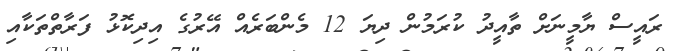
ރައީސް ޔާމީނަށް ތާއީދު ކުރަމުން ދިޔަ 12 މެންބަރެއް އޭރުގެ އިދިކޮޅު ފަރާތްތަކާއި